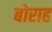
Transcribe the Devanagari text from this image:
बोराह